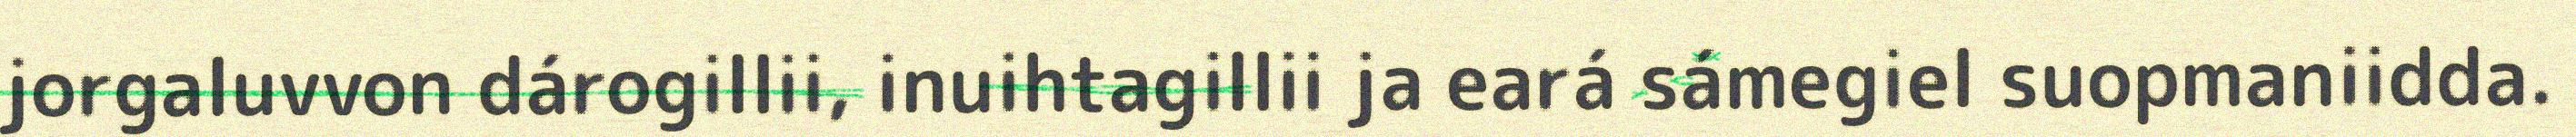
jorgaluvvon dárogillii, inuihtagillii ja eará sámegiel suopmaniidda.